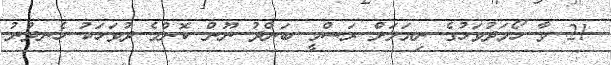
21 ވާ ހޯމަދުވަހުގެ ނިޔަލަށް ރަސްމީ ބަންދު ނޫން ކޮންމެ ދުވަހަކު ހެނދުނު